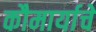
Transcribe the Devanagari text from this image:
कौमार्याचे